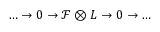
\ldots \to 0 \to \mathcal { F } \otimes L \to 0 \to \ldots